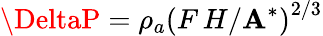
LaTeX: \DeltaP=\rho_{a}\left(F\, H/\mathbf{A}^{*}\right)^{2/3}